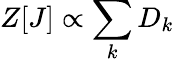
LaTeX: Z[J]\propto\sum_{k}{D_{k}}